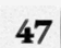
47